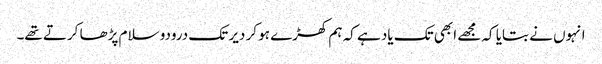
انہوں نے بتایا کہ مجھے ابھی تک یاد ہے کہ ہم کھڑے ہو کر دیر تک درودو سلام پڑھا کرتے تھے۔